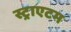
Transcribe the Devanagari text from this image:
स्ट्राएटम